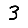
Digit: 3